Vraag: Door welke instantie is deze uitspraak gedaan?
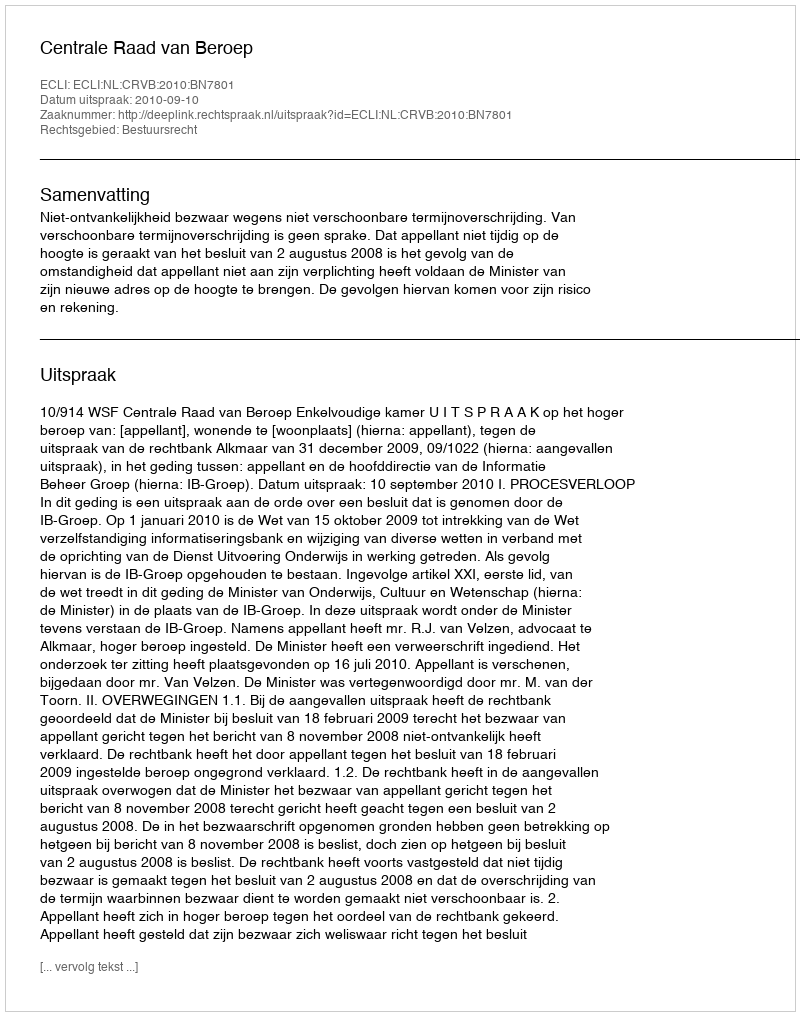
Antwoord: Centrale Raad van Beroep